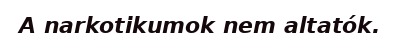
A narkotikumok nem altatók.